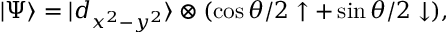
| \Psi \rangle = | d _ { x ^ { 2 } - y ^ { 2 } } \rangle \otimes ( \cos { \theta / 2 } \uparrow + \sin { \theta / 2 } \downarrow ) ,